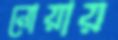
নোয়ায়